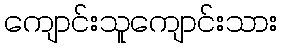
ကျောင်းသူကျောင်းသား